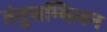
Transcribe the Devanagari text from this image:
तंतुसम्मिलन